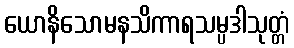
ယောနိသောမနသိကာရသမ္ပဒါသုတ္တံ